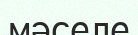
мәселе